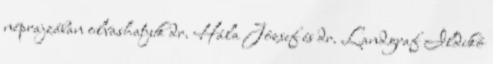
néprajzában olvashatjuk dr. Hála József és dr. Landgraf Ildikó